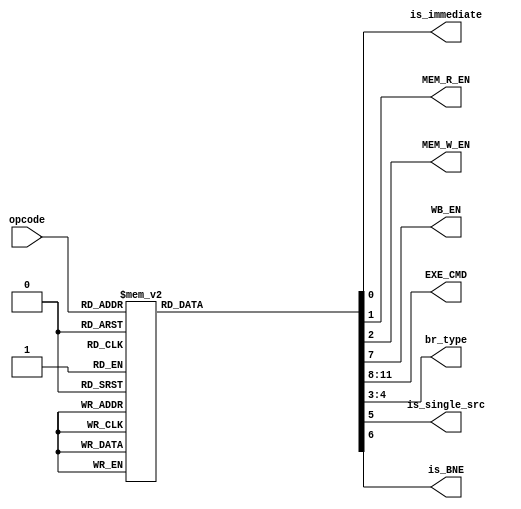
module controller(input [5:0]opcode, output reg is_immediate, MEM_R_EN, MEM_W_EN, WB_EN, output reg [3:0] EXE_CMD, 
	output reg [1:0] br_type, output reg is_single_src, is_BNE);
parameter ADD = 6'b000001, SUB = 6'b000011, AND = 6'b000101, OR = 6'b000110, NOR = 6'b000111, XOR = 6'b001000, SLA = 6'b001001,
		 SLL = 6'b001010, SRA = 6'b001011, SRL = 6'b001100, ADDI = 6'b100000, SUBI = 6'b100001, LD = 6'b100100, ST = 6'b100101, 
		 BEZ = 6'b101000, BNE = 6'b101001, JMP = 6'b101010;
		 
always @(opcode) begin
	{EXE_CMD, is_immediate, br_type, MEM_R_EN, MEM_W_EN, WB_EN, is_single_src, is_BNE} = 12'b0;
	case (opcode)
		ADD: {EXE_CMD, WB_EN} = {4'b0000, 1'b1};
		SUB: {EXE_CMD, WB_EN} = {4'b0010, 1'b1};
		AND: {EXE_CMD, WB_EN} = {4'b0100, 1'b1};
		OR:  {EXE_CMD, WB_EN} = {4'b0101, 1'b1};
		NOR: {EXE_CMD, WB_EN} = {4'b0110, 1'b1};
		XOR: {EXE_CMD, WB_EN} = {4'b0111, 1'b1};
		SRA: {EXE_CMD, WB_EN} = {4'b1001, 1'b1};
		SRL: {EXE_CMD, WB_EN} = {4'b1010, 1'b1};
		SLA: {EXE_CMD, WB_EN} = {4'b1000, 1'b1};
		SLL: {EXE_CMD, WB_EN} = {4'b1000, 1'b1};
		ADDI: {EXE_CMD, WB_EN, is_immediate, is_single_src} = {4'b0000, 1'b1, 1'b1, 1'b1};
		SUBI: {EXE_CMD, WB_EN, is_immediate, is_single_src} = {4'b0010, 1'b1, 1'b1, 1'b1};
		LD: {EXE_CMD, WB_EN, MEM_R_EN, is_immediate, is_single_src} = {4'b0000, 3'b111, 1'b1};
		ST: {MEM_W_EN, is_immediate} = {2'b11};
		BEZ: {is_immediate, br_type} = {1'b1, 2'b01};
		BNE: {is_immediate, br_type, is_BNE} = {1'b1, 2'b10, 1'b1};
		JMP: {is_immediate, br_type} = {1'b1, 2'b11};
	endcase
end

endmodule